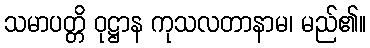
သမာပတ္တိ ဝုဋ္ဌာန ကုသလတာနာမ၊ မည်၏။